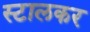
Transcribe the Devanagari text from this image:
स्टालकर